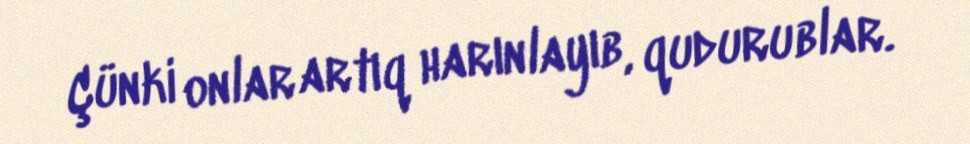
Çünki onlar artıq harınlayıb, qudurublar.